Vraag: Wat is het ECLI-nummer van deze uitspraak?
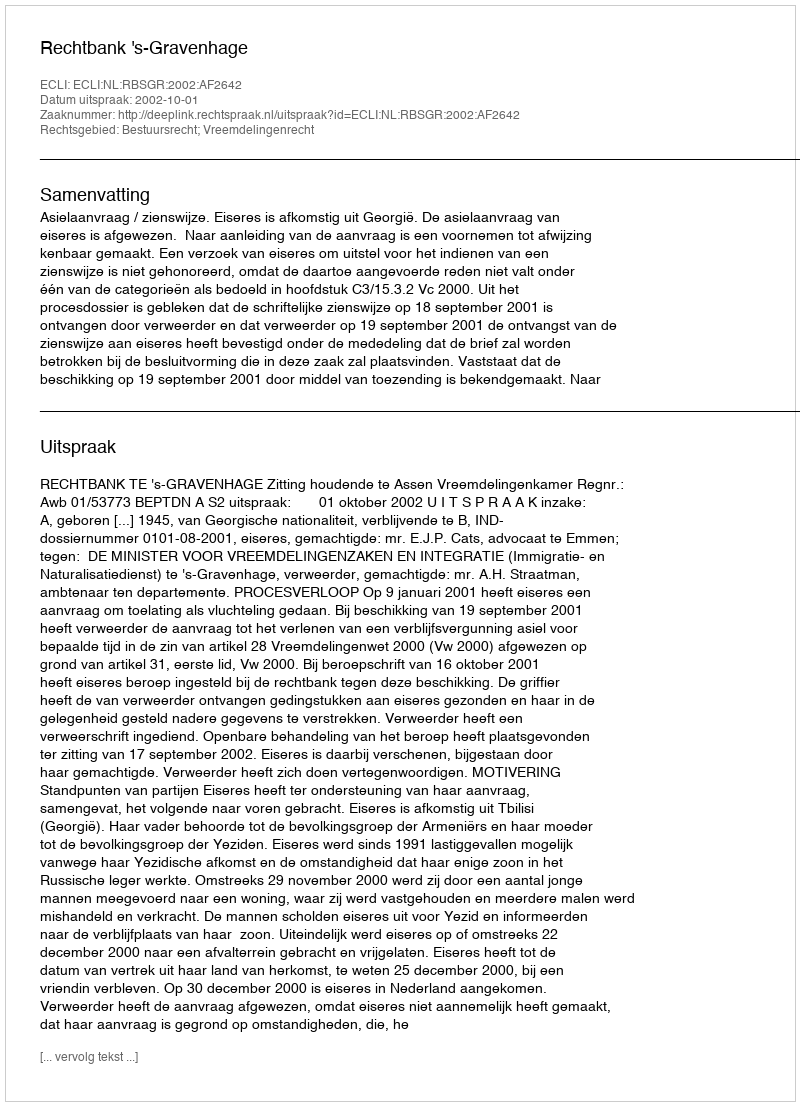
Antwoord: ECLI:NL:RBSGR:2002:AF2642